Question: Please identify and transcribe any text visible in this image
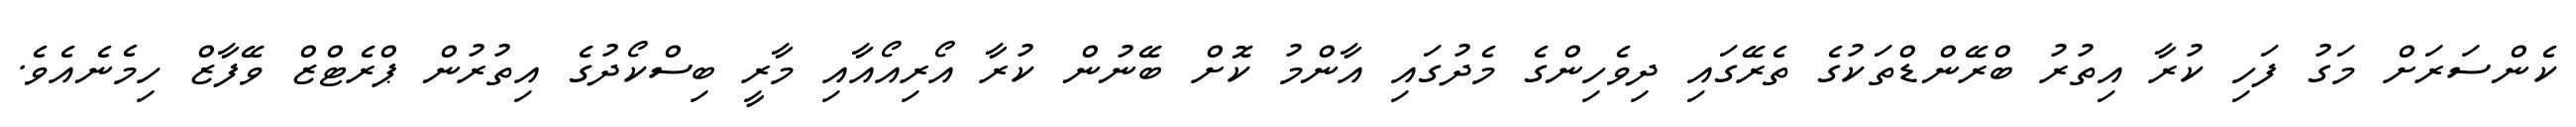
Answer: ކެންސަރަށް މަގު ފަހި ކުރާ އިތުރު ބްރޭންޑްތަކުގެ ތެރޭގައި ދިވެހިންގެ މެދުގައި އާންމު ކޮށް ބޭނުން ކުރާ އޯރިއޯއާއި މާރީ ބިސްކޯދުގެ އިތުރުން ޕްރެޓްޒް ވޭފާޒް ހިމެނެއެވެ.